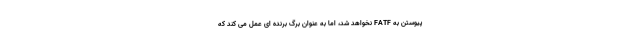
پیوستن به FATF نخواهد شد، اما به عنوان برگ برنده ای عمل می کند که